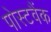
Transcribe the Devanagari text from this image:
पोस्टवैंक